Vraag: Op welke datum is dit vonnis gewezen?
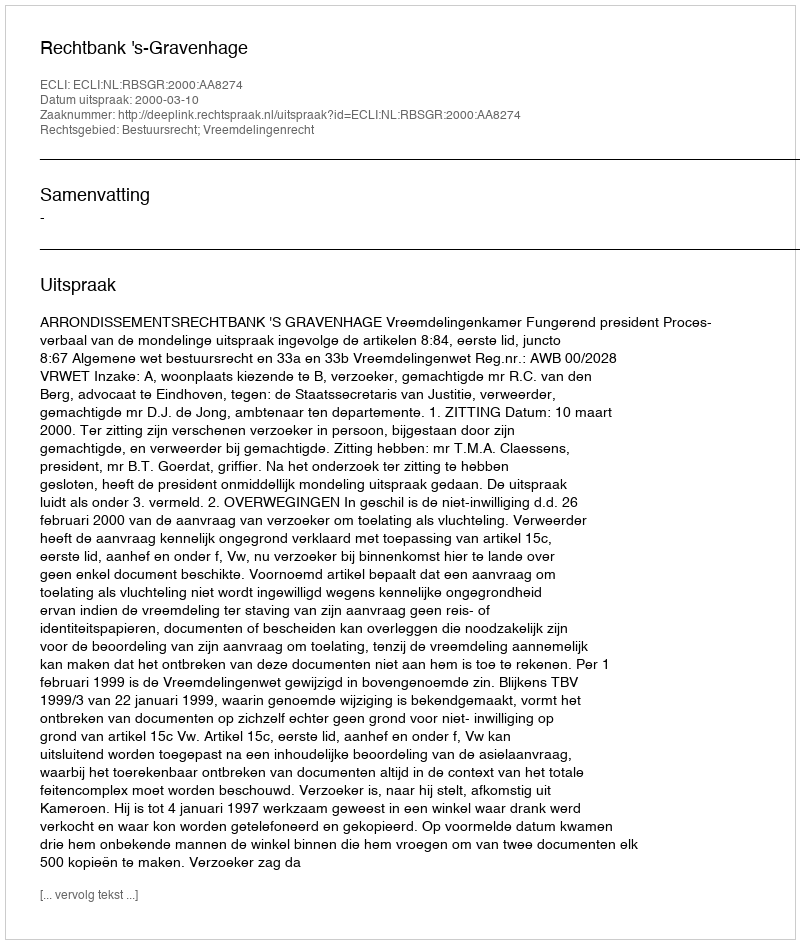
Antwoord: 2000-03-10